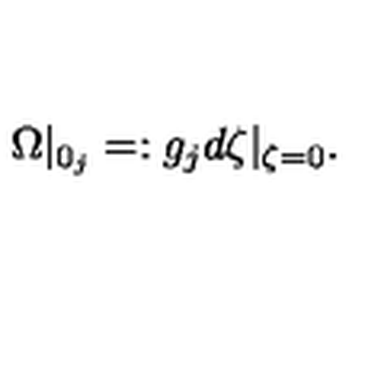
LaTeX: \Omega | _ { 0 _ { j } } = : g _ { j } d \zeta | _ { \zeta = 0 } .